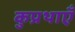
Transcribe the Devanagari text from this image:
कुप्रथाएँ